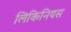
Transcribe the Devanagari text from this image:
लिकिनियस